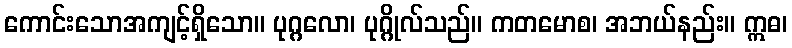
ကောင်းသောအကျင့်ရှိသော။ ပုဂ္ဂလော၊ ပုဂ္ဂိုလ်သည်။ ကတမောစ၊ အဘယ်နည်း။ ဣဓ၊